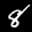
Label: 8